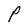
Character: P